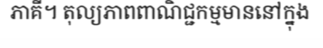
ភាគី។ តុល្យភាពពាណិជ្ជកម្មមាននៅក្នុង